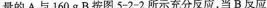
量的A与160gB按图5-2 2所示充分反应，当B反应